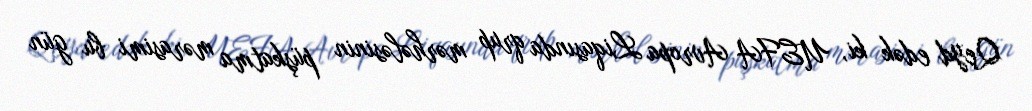
Qeyd edək ki, UEFA Avropa Liqasında qrup mərhələsinin püşkatma mərasimi bu gün